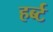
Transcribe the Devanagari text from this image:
हर्ब्ट